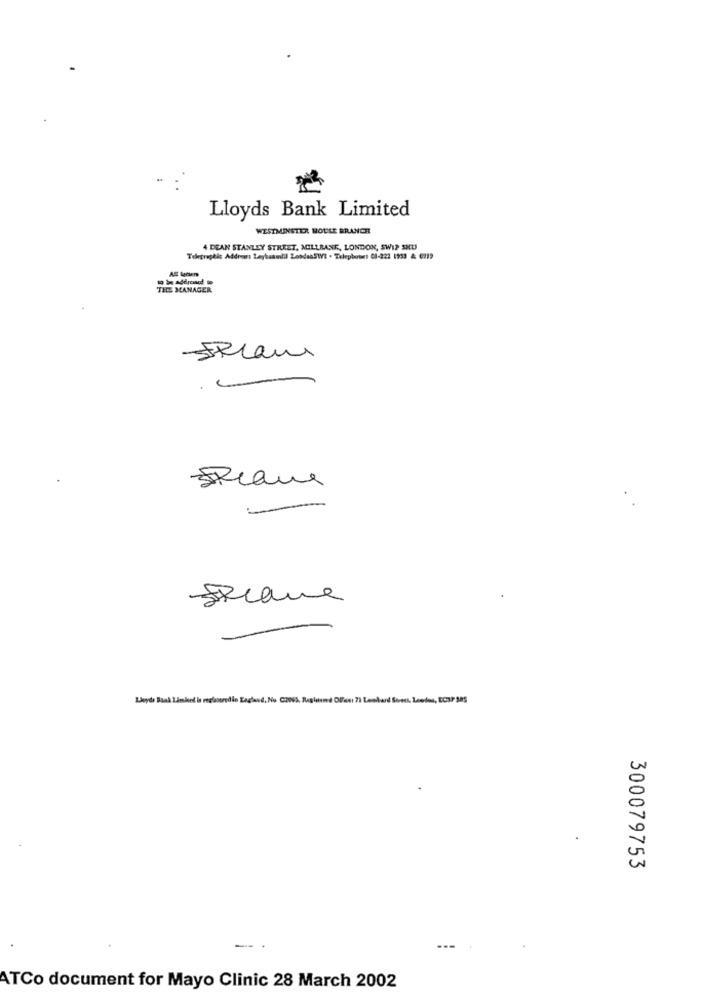
Lloyds Bank Limited
WESTMINSTER BOULE BRANCH
4 DEAN STANLEY STREET, MILLRANE, LONDON, SWIP SKU
Telegraphic Addror Leyhaaulil Zonden5W - Telephone: 01-222 1933 & (219
AS Machen
THE MANAGER
ERcane
Strane
Lloyds Bank Lambert is registrodie England, No CONS. Regland OFfari 71 Lombard Street, Leedos, EC37 385
300079753
---
ATCo document for Mayo Clinic 28 March 2002